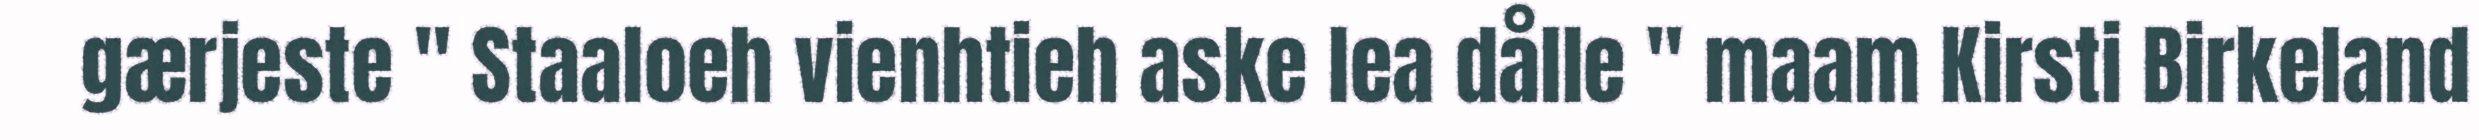
gærjeste " Staaloeh vienhtieh aske lea dålle " maam Kirsti Birkeland